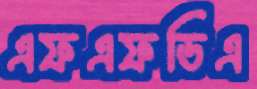
এফএফডিএ